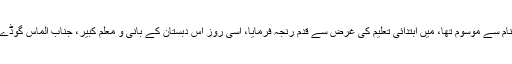
جس روز آپ نے دبیرستانِ نوع اول، جو کہ دبستانِ گاما کے نام سے موسوم تھا، میں ابتدائی تعلیم کی غرض سے قدم رنجہ فرمایا، اسی روز اس دبستان کے بانی و معلم کبیر، جناب الماس گوڈے گاما آپ کے داخلے کی تاب نہ لاتے ہوئے چل سو چل بسے۔